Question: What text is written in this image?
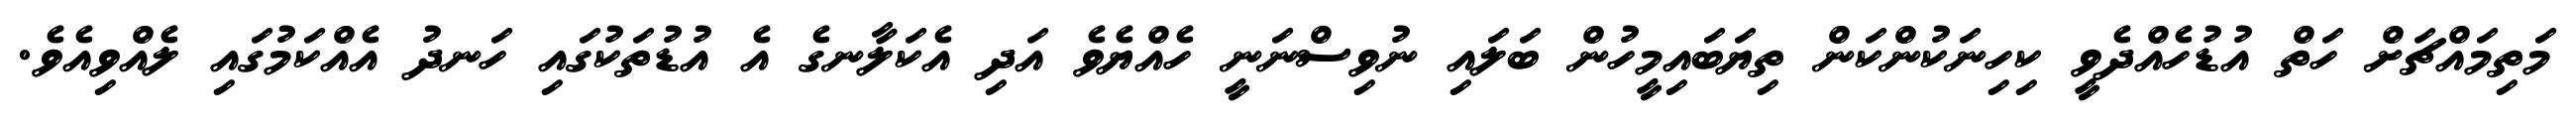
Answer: މަތިމައްޗަށް ހަތް އުޑުހެއްދެވީ ކިހިނަކުންކަން ތިޔަބައިމީހުން ބަލައި ނުވިސްނަނީ ހެއްޔެވެ އަދި އެކަލާނގެ އެ އުޑުތަކުގައި ހަނދު އެއްކަމުގައި ލެއްވިއެވެ.